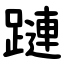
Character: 蹥